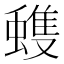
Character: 𮔺